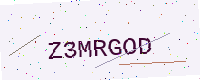
Text: Z3MRGOD